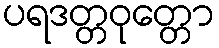
ပရဒတ္တဝုတ္တော